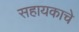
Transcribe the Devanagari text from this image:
सहायकाचे